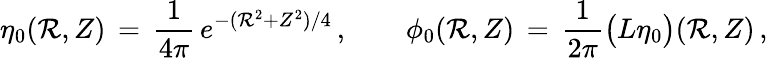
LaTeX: \eta_{0}(\mathcal{R},Z)\, =\, \frac{{1}}{{4\pi}}\, e^{-(\mathcal{R}^{2}+Z^{2})/4}\, ,\qquad\phi_{0}(\mathcal{R},Z)\, =\, \frac{{1}}{{2\pi}}\bigl(L\eta_{0}\bigr)(\mathcal{R},Z)\, ,